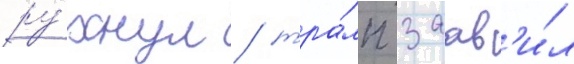
ру́хнул / тра́мп заав'и́л